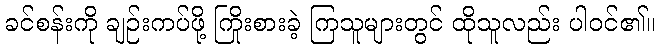
ခင်စန်းကို ချဉ်းကပ်ဖို့ ကြိုးစားခဲ့ ကြသူများတွင် ထိုသူလည်း ပါဝင်၏။